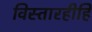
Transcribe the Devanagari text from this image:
विस्तारहीहि